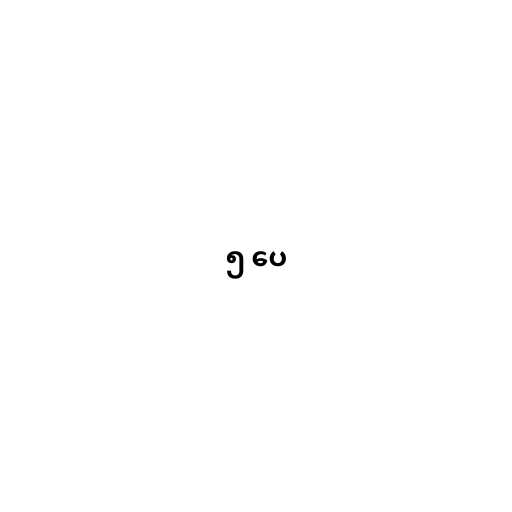
၅ ပေ